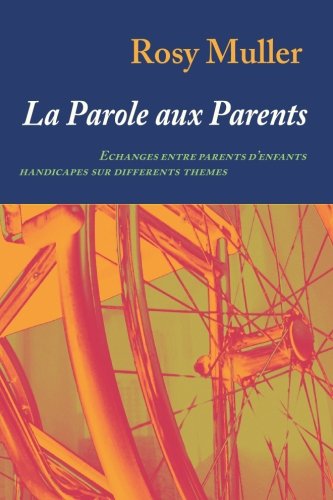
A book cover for La parole aux parents: Echanges entre parents d'enfants handicapÃ©s sur diffÃ©rents thÃ¨mes (French Edition); Rosy Muller; Health, Fitness & Dieting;